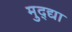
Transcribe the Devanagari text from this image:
मुद्द्या